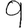
Digit: 9